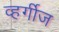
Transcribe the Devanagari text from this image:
व्हर्गीज